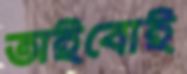
অইবোই